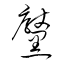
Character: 黶